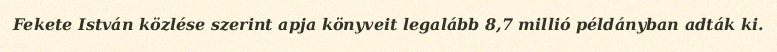
Fekete István közlése szerint apja könyveit legalább 8,7 millió példányban adták ki.